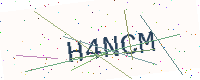
Text: H4NCM